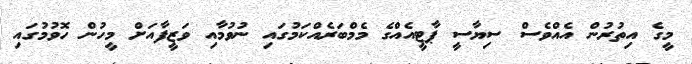
މީގެ އިތުރުން އެއްވެސް ސިޔާސީ ޕާޓީއެއްގެ މެމްބަރެއްކަމުގައި ނުވުމާއި ވަޒީފާއަށް މީހުން ހޮވުމުގައި